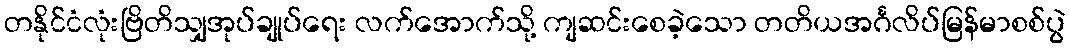
တနိုင်ငံလုံးဗြိတိသျှအုပ်ချုပ်ရေး လက်အောက်သို့ ကျဆင်းစေခဲ့သော တတိယအင်္ဂလိပ်မြန်မာစစ်ပွဲ